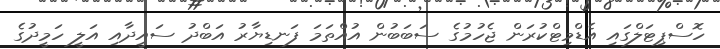
ހޮސްޕިޓަލްގައި އެޑްމިޓްކުރަން ޖެހުމުގެ ސަބަބުން އުއްތަމަ ފަނޑިޔާރު އަބްދު ސައީދާއި އަލީ ހަމީދުގެ